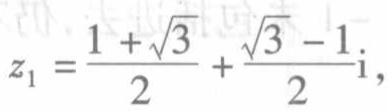
\(z_{1}=\frac{1 + \sqrt{3}}{2}+\frac{\sqrt{3}-1}{2}\mathrm{i},\)